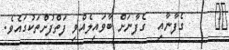
١٩     ގެފާނާއި  ގެފާނަށް ބާވައިލެއްވި ފަތްފުށްތަކުގައެވެ.